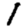
Digit: 1